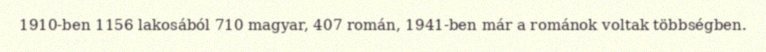
1910-ben 1156 lakosából 710 magyar, 407 román, 1941-ben már a románok voltak többségben.